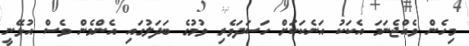
މިހެން ވެއްޖެނަމަ އެކަކު އަނެކަކަށް ހަސަދަވެރި ވުމުގެ ބަދަލުގައި އެންމެން ވެސް އުޅޭނީ